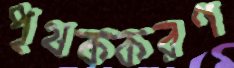
পৃথককরণ